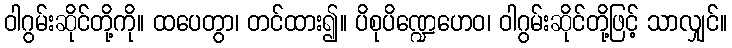
ဝါဂွမ်းဆိုင်တို့ကို။ ထပေတွာ၊ တင်ထား၍။ ပိစုပိဏ္ဍေဟေဝ၊ ဝါဂွမ်းဆိုင်တို့ဖြင့် သာလျှင်။